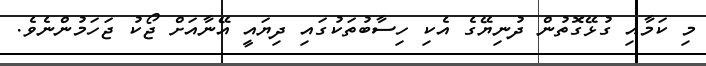
މި ކަމާއި ގުޅޭގޮތުން ދުނިޔޭގެ އެކި ހިސާބުތަކުގައި ދިޔައީ އޭނާއަށް ޖޯކު ޖަހަމުންނެވެ.